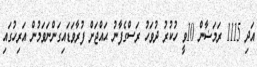
އަދި 1115 ރަމަޟާން 10ވީ ހުކުރު ދުވަހު ރަސްގެފާނު ޙައްޖަށް ފުރާވަޑައިގަންނަވަމުން އަރިހުގައި